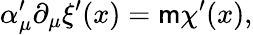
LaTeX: \alpha_{\mu}^{\prime}\partial_{\mu}\xi^{\prime}(x)=\mathsf{m}\chi^{\prime}(x),